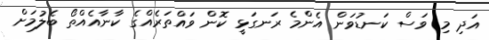
އަދި މި ވަސް ކަނޑުވަން އެންމެ ރަނގަޅީ ކޮން ވައްތަރެއްގެ ކާނާއެއްތޯ ބެލުމަށް